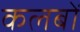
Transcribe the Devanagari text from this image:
कलबों